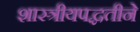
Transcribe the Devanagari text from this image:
शास्त्रीयपद्धतीने